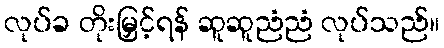
လုပ်ခ တိုးမြှင့်ရန် ဆူဆူညံညံ လုပ်သည်။